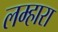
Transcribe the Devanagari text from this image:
लम्हारा